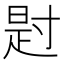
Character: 𪧺